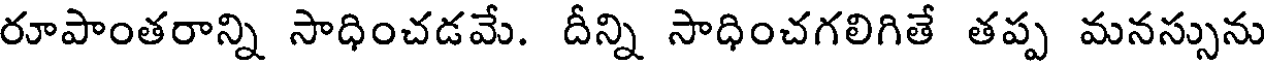
రూపాంతరాన్ని సాధించడమే. దీన్ని సాధించగలిగితే తప్ప మనస్సును